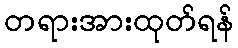
တရားအားထုတ်ရန်